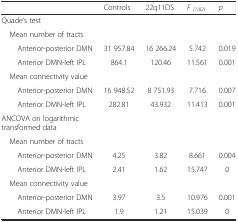
|  | Controls | 22q11DS | F(1,82) | p |
 | --- | --- | --- | --- | --- |
 | Quade’s test |  |  |  |  |
 | Mean number of tracts |  |  |  |  |
 | Anterior-posterior DMN | 31 957.84 | 16 266.24 | 5.742 | 0.019 |
 | Anterior DMN-left IPL | 864.1 | 120.46 | 11.561 | 0.001 |
 | Mean connectivity value |  |  |  |  |
 | Anterior-posterior DMN | 16 948.52 | 8 751.93 | 7.716 | 0.007 |
 | Anterior DMN-left IPL | 282.81 | 43.932 | 11.413 | 0.001 |
 | ANCOVA on logarithmic transformed data |  |  |  |  |
 | Mean number of tracts |  |  |  |  |
 | Anterior-posterior DMN | 4.25 | 3.82 | 8.661 | 0.004 |
 | Anterior DMN-left IPL | 2.41 | 1.62 | 15.747 | 0 |
 | Mean connectivity value |  |  |  |  |
 | Anterior-posterior DMN | 3.97 | 3.5 | 10.976 | 0.001 |
 | Anterior DMN-left IPL | 1.9 | 1.21 | 15.039 | 0 |